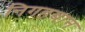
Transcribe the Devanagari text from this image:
निगहबान